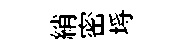
綃密埓